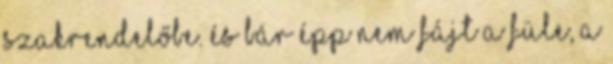
szakrendelőbe. És bár épp nem fájt a füle, a